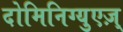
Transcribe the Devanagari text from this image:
दोमिनिग्युएज़्